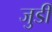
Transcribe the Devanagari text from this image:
जुडीं